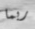
ربما